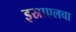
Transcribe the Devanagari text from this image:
इस्राएलचा